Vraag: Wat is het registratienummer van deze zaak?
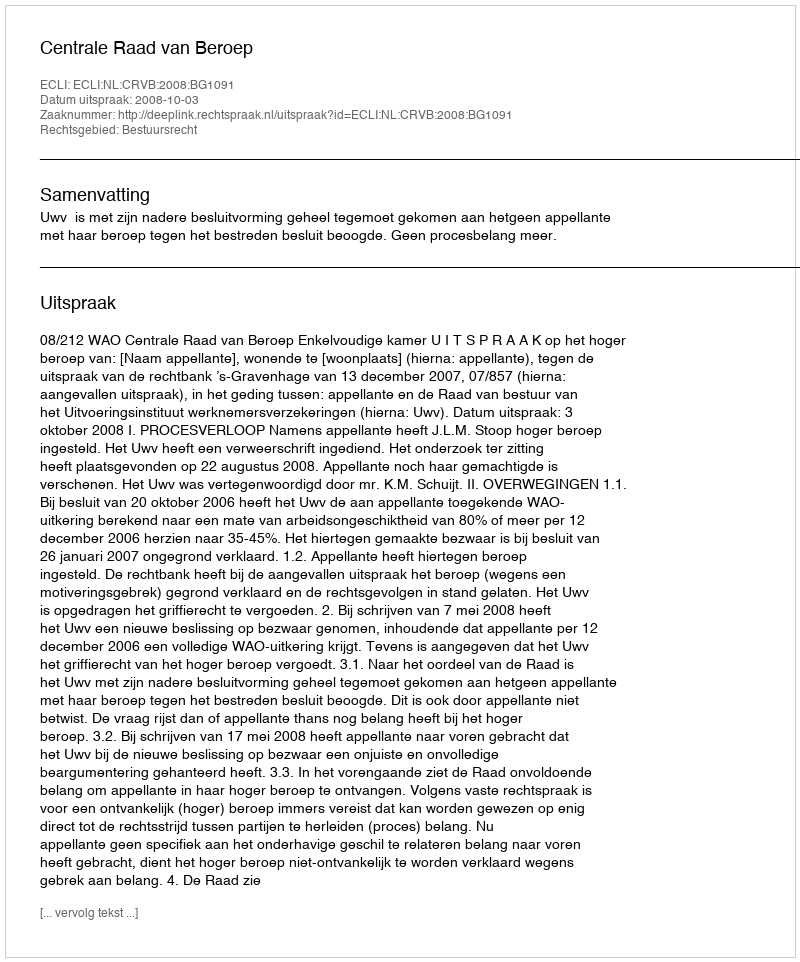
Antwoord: http://deeplink.rechtspraak.nl/uitspraak?id=ECLI:NL:CRVB:2008:BG1091